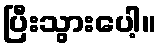
ပြီးသွားပေါ့။